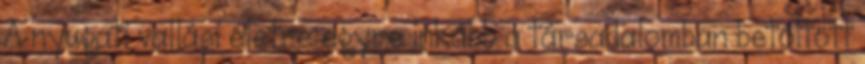
A nyugati vallási életre egyre inkább a társadalomban betöltött